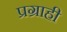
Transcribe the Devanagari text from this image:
प्रग्राही